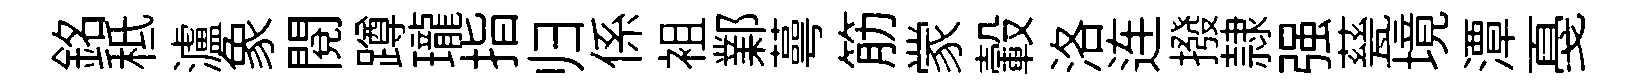
銘秪瀘象閲蹲瓏指归係袓鄴蕚筋䝉轂洛连撥隷强甆境潭戞